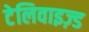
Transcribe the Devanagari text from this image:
टेलिवाइज़्ड